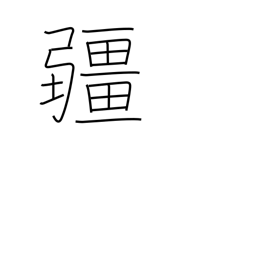
Meaning: boundary